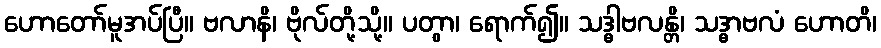
ဟောတော်မူအပ်ပြီ။ ဗလာနိ၊ ဗိုလ်တို့သို့။ ပတွာ၊ ရောက်၍။ သဒ္ဓါဗလန္တိ၊ သဒ္ဓာဗလံ ဟောတိ၊